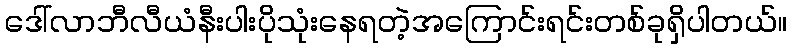
ဒေါ်လာဘီလီယံနီးပါးပိုသုံးနေရတဲ့အကြောင်းရင်းတစ်ခုရှိပါတယ်။